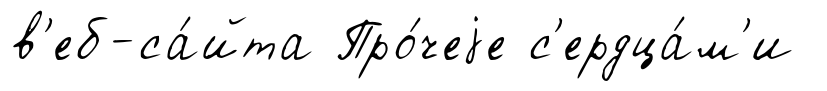
в'еб-са́йта Про́чеjе с'ердца́м'и